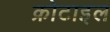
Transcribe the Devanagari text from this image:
क्रोटाइल